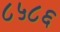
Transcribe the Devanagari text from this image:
८५८६